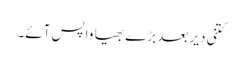
کتنی دیر بعد بڑے بھیا واپس آئے۔